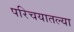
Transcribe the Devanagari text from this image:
परिचयातल्या